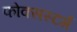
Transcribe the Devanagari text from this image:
फोक्सस्टर्म